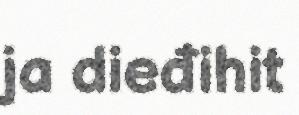
ja dieđihit